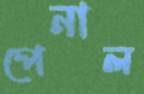
পেনাল